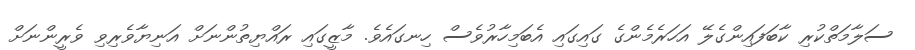
ސަލާމަތްކުރި ކާބަފައިންގެލޭ އަހަރެމެންގެ ގައިގައި އެބަމިހާރުވެސް ހިނގައެވެ. މާޒީގައި ރައްޔިތުންނަށް އަނިޔާވެރިވި ވެރީންނަށް